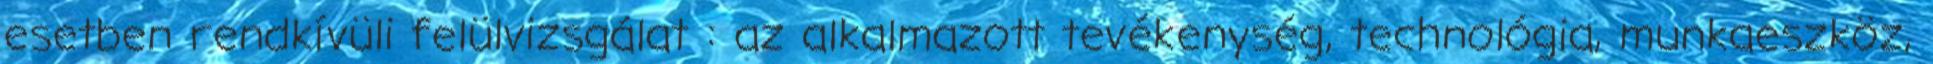
esetben rendkívüli felülvizsgálat : az alkalmazott tevékenység, technológia, munkaeszköz,